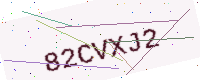
Text: 82CVXJ2